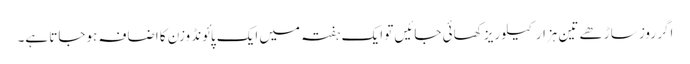
اگر روز ساڑھے تین ہزار کیلوریز کھائی جائیں تو ایک ہفتہ میں ایک پائونڈ وزن کا اضافہ ہوجاتا ہے۔